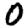
Digit: 0